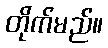
တိုက်မည်။